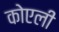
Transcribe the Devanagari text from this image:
कोएली